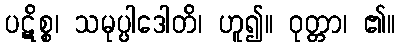
ပဋိစ္စ၊ သမုပ္ပါဒေါတိ၊ ဟူ၍။ ဝုတ္တာ၊ ၏။